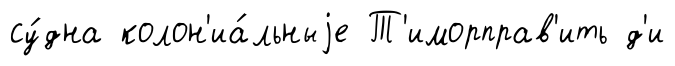
су́дна колон'иа́льныjе Т'иморправ'ить д'и